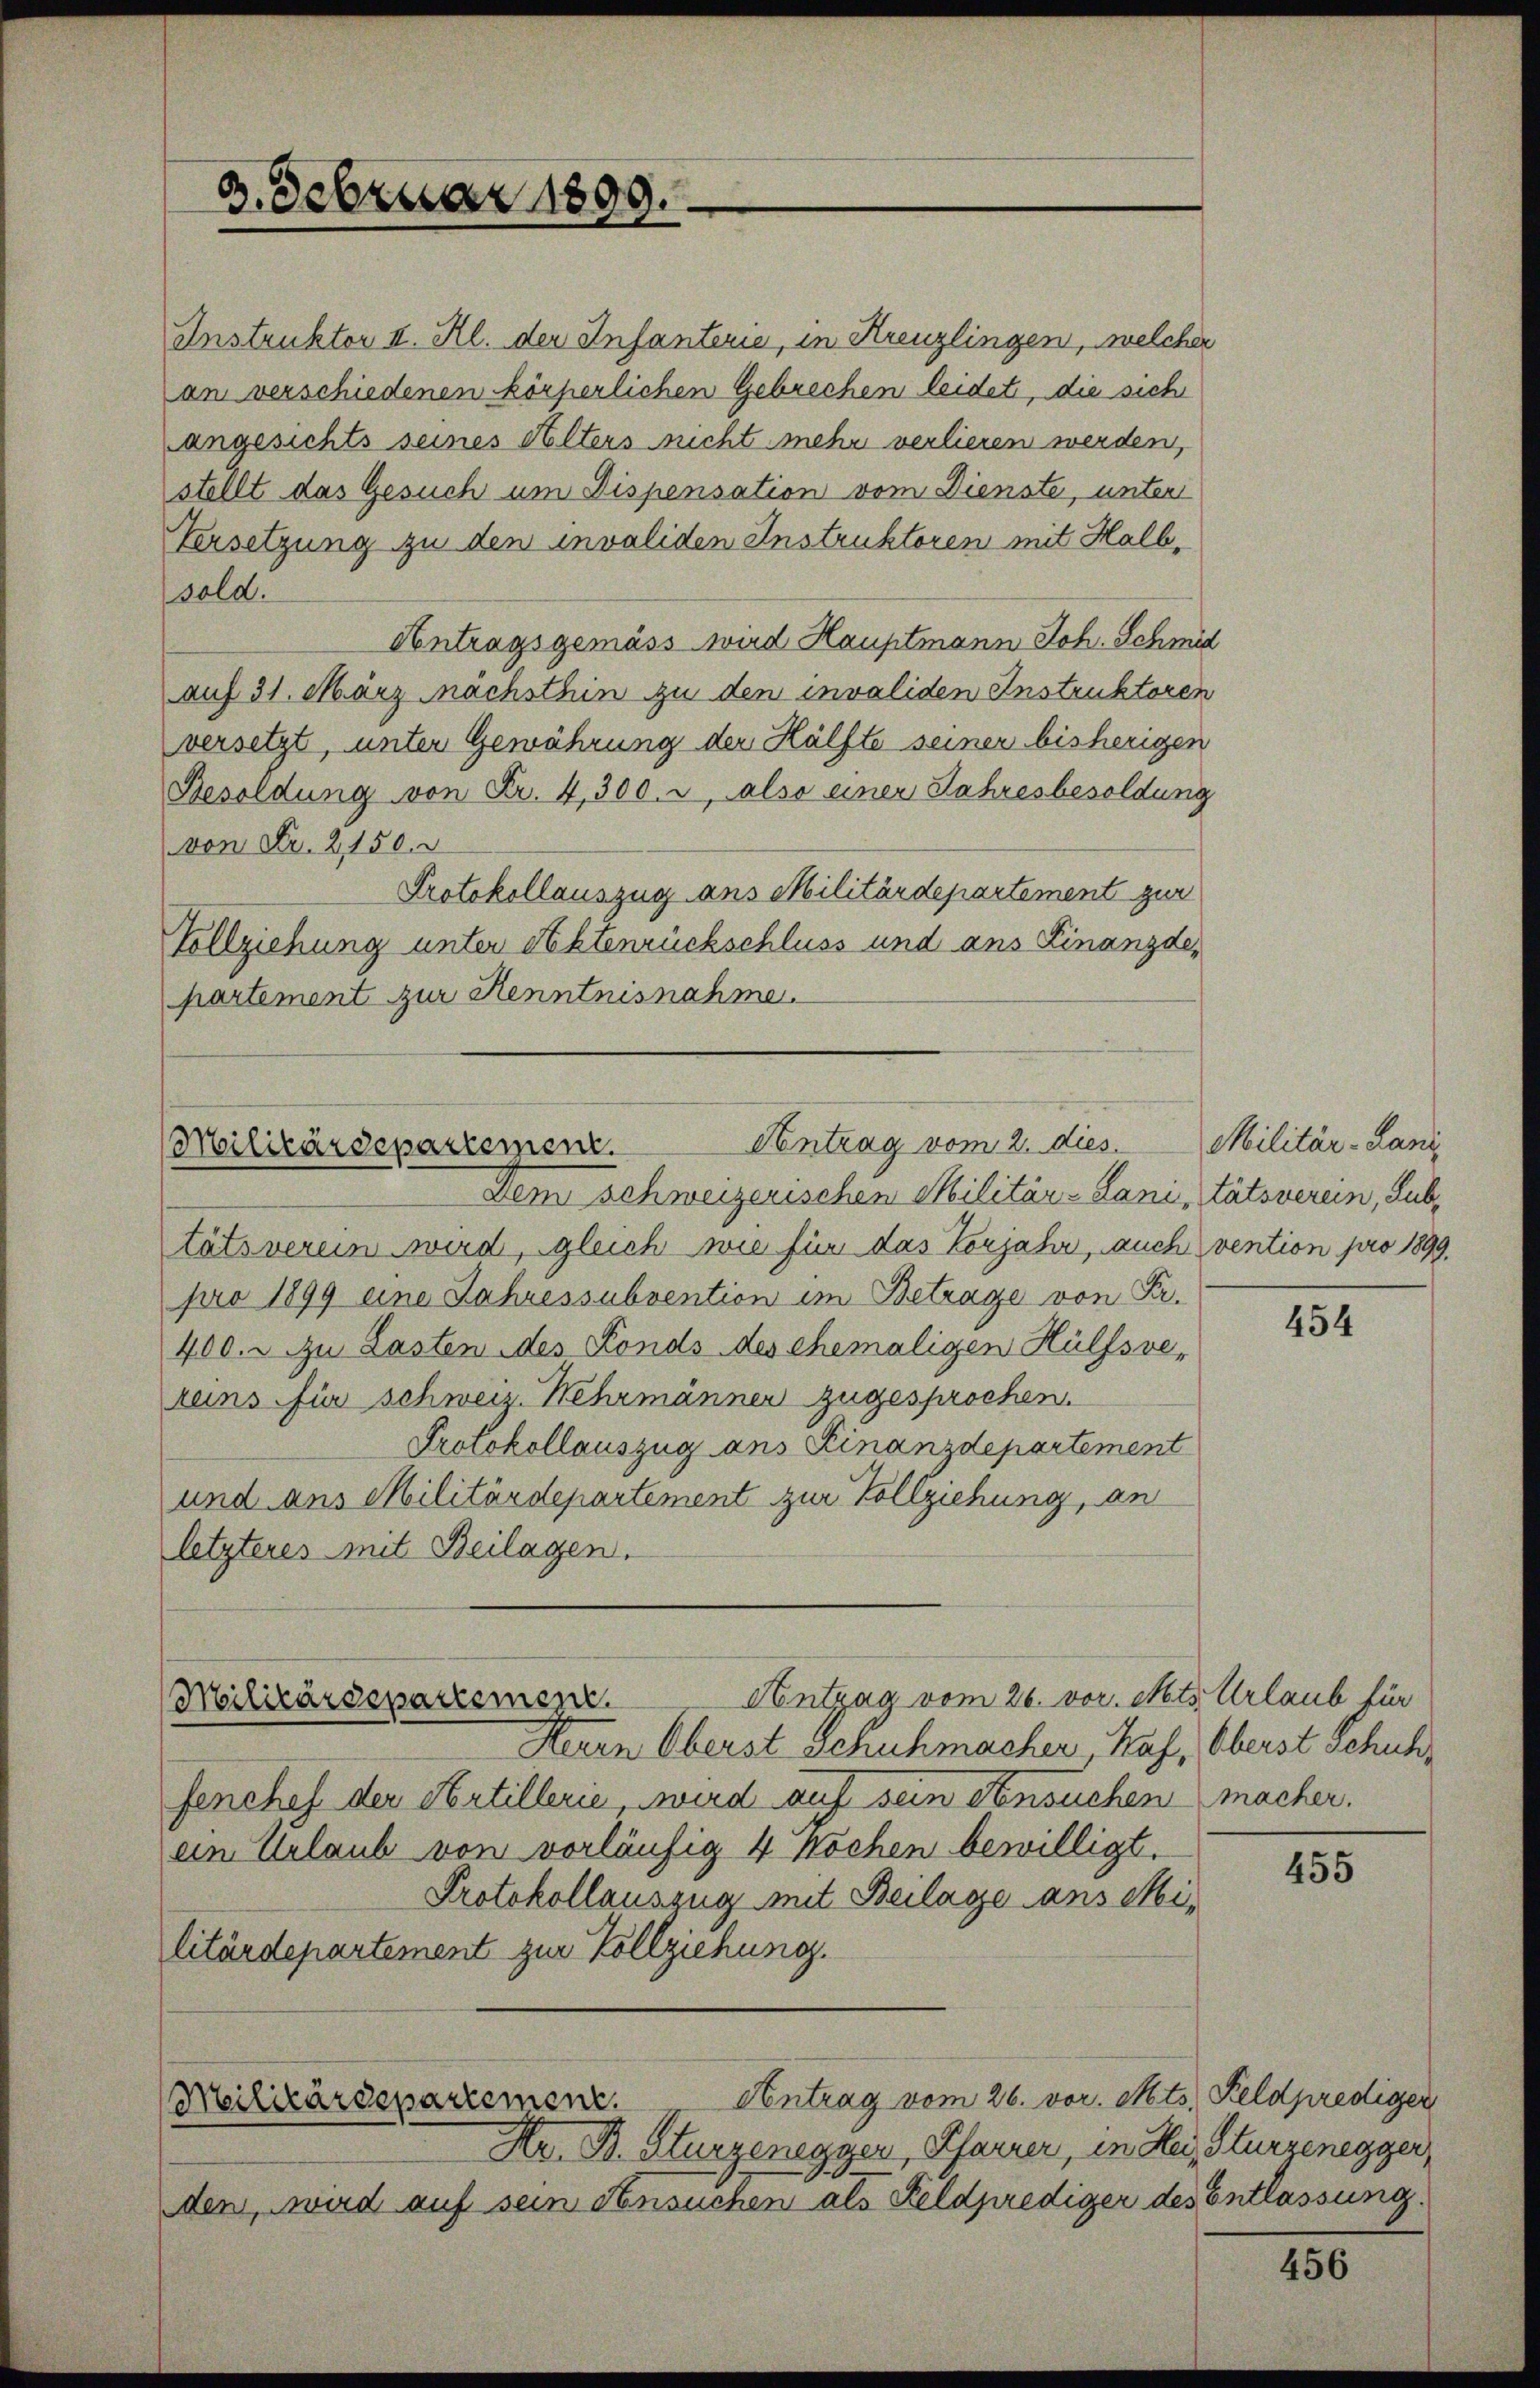
3. Februar 1890.

Instruktor II. Kl. der Infanterie, in Kreuzlingen, welcher
an verschiedenen Körperlichen Gebrechen leidet, die sich
angesichts seines Alters nicht mehr verlieren werden,
stellt das Gesuch um Dispensation vom Dienste, unter
Versetzung zu den invaliden Instruktoren mit Halb,
sold.
Antragsgemäss wird Hauptmann Joh. Schmid
auf 31. März nächsthin zu den invaliden Instruktoren
versetzt, unter Gewährung der Hälfte seiner bisherigen
Besoldung von Fr. 4,300. r, also einer Jahresbesoldung
von Fr. 2,150.
Protokollauszug aus Militärdepartement zur
Vollziehung unter Aktenrückschluss und ans Finanzde,
partement zur Kenntnisnahme.

Antrag vom 2. dies
Militärdepartement.

Militärdepartement.

Dem Schweizerischen Militär-Sanitätsverein, Subtätsverein wird, gleich wie für das Vorjahr, auch vention pro 1899,
pro 1899 eine Jahressubvention im Betrage von Fr.
400. zu Lasten des Fonds des ehemaligen Hülfsve-
teins für schweiz. Nehrmänner zugesprochen.
Protokollauszug ans Finanzdepartement
und aus Militärdepartement zur Vollziehung, an
letzteres mit Beilagen.
Antzag vom 26. vor. Mts. Urlaub für
Herrn Oberst schuhmacher, Kaf, Oberst schuhfenchef der Artillerie, wird auf sein Ansuchen macher.
ein Urlaub von vorläufig 4 Wochen bewilligt.
Protokollauszug mit Beilage ans Militärdepartement zur Vollziehung.
Antrag vom 26. vor. Mts. Feldprediger
Militärdepartement.
Hr. B. Sturzenegger, Pfarrer, in Hei, Sturzenegger,
den, wird auf sein Ansuchen als Feldprediger des Entlassung.

Militär-Land

454

455

456